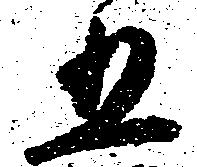
五